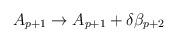
LaTeX: \begin{align*}A_{p+1} \rightarrow A_{p+1} + \delta \beta_{p+2}\end{align*}